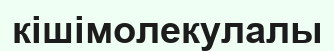
кішімолекулалы